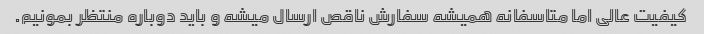
کیفیت عالی اما متاسفانه همیشه سفارش ناقص ارسال میشه و باید دوباره منتظر بمونیم.